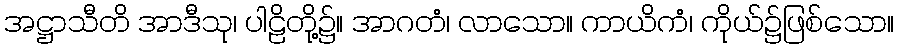
အဋ္ဌာသီတိ အာဒီသု၊ ပါဠိတို့၌။ အာဂတံ၊ လာသော။ ကာယိကံ၊ ကိုယ်၌ဖြစ်သော။